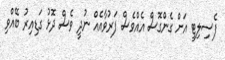
ފެސިލިޓީ އަށް ގެންގޮސް އެއްވެސް ފަރުވާއެއް ނުދީ ވެސް ދޮޅު ގަޑިއިރު ބޭއްވި